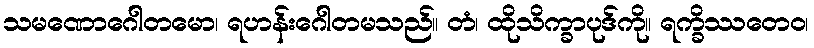
သမဏောဂေါတမော၊ ရဟန်းဂေါတမသည်။ တံ၊ ထိုသိက္ခာပုဒ်ကို။ ရက္ခိဿတေဝ၊